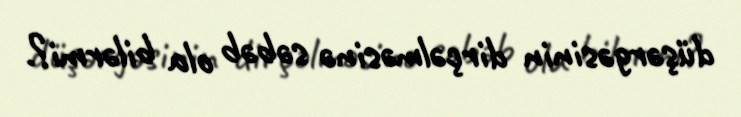
düşərgəsinin dirçəlməsinə səbəb ola bilərmi?.